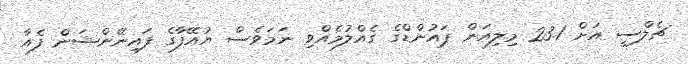
ޗެލްސީ އަށް 23.1 މިލިއަން ޕައުންޑްގެ ގެއްލުމެއްވި ނަމަވެސް ޔުއޭފާގެ ފައިނޭންޝަން ފެއާ